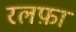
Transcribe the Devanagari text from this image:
रलफ़ा